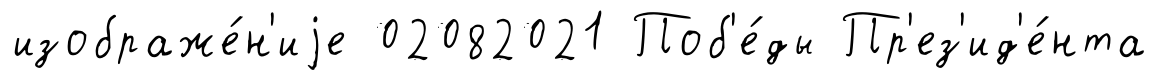
изображе́н'иjе 02082021 Поб'е́ды Пр'ез'ид'е́нта